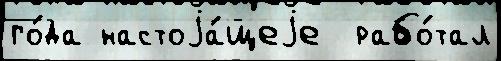
го́да настоjа́щеjе  рабо́тал